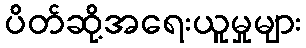
ပိတ်ဆို့အရေးယူမှုများ